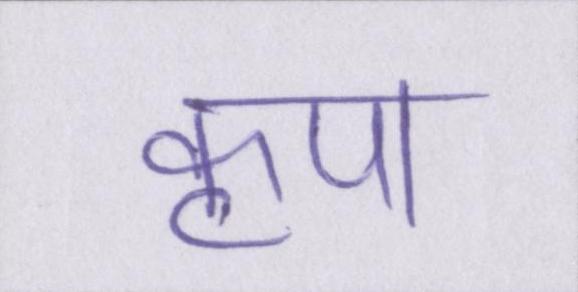
कृपा